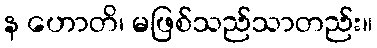
န ဟောတိ၊ မဖြစ်သည်သာတည်း။